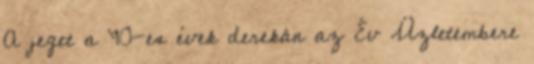
A jeget a ’90-es évek derekán az Év Üzletembere